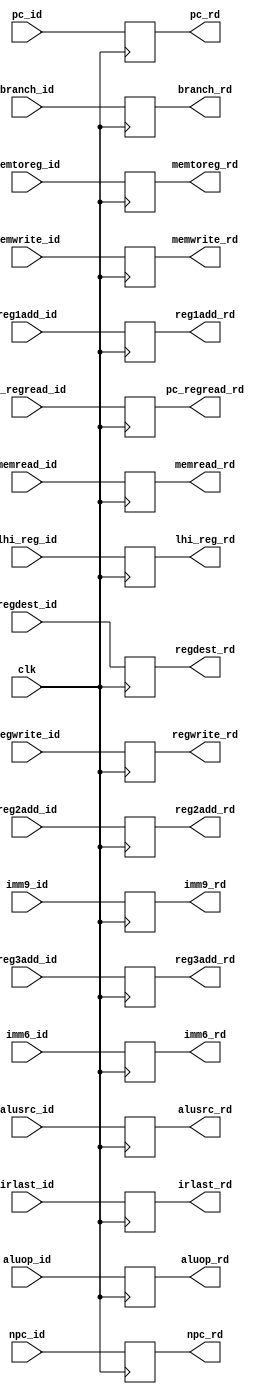
module ID_RD_reg (clk,npc_id, reg1add_id, reg2add_id, reg3add_id, imm6_id, pc_id, imm9_id,
						npc_rd, reg1add_rd, reg2add_rd, reg3add_rd, imm6_rd, pc_rd, imm9_rd,
						regwrite_id,memtoreg_id,memread_id,memwrite_id,branch_id,aluop_id,alusrc_id,regdest_id,pc_regread_id, irlast_id, lhi_reg_id,
						regwrite_rd,memtoreg_rd,memread_rd,memwrite_rd,branch_rd,aluop_rd,alusrc_rd,regdest_rd,pc_regread_rd, irlast_rd, lhi_reg_rd);
	
	input clk;
	input [15:0] npc_id, pc_id;
	input [2:0] reg1add_id, reg2add_id, reg3add_id;
	input regwrite_id,memtoreg_id,memread_id,memwrite_id,branch_id,regdest_id,pc_regread_id, lhi_reg_id;
	input [1:0] alusrc_id, irlast_id;
	input [3:0] aluop_id;
	input [5:0] imm6_id;
	input [8:0] imm9_id;
	
	output reg [3:0] aluop_rd = 4'b0000;
	output reg [15:0] npc_rd = 16'h0000, pc_rd = 16'h0000;
	output reg [2:0] reg1add_rd = 3'b000, reg2add_rd = 3'b000, reg3add_rd = 3'b000;
	output reg regwrite_rd = 1'b0,memtoreg_rd = 1'b0,memread_rd = 1'b0,memwrite_rd = 1'b0,branch_rd = 1'b0,regdest_rd = 1'b0,pc_regread_rd = 1'b0, lhi_reg_rd = 1'b0;
	output reg [1:0] alusrc_rd = 2'b00, irlast_rd = 2'b00;
	output reg [5:0] imm6_rd = 6'b000000;
	output reg [8:0] imm9_rd = 9'b000000000;
	
	always@(posedge clk)
	begin
	
		npc_rd <= npc_id;
		pc_rd <= pc_id;
		reg1add_rd <= reg1add_id;
		reg2add_rd <= reg2add_id;
		reg3add_rd <= reg3add_id;
		imm6_rd <= imm6_id;
		imm9_rd <= imm9_id;
		
		regwrite_rd <= regwrite_id;
		memtoreg_rd <= memtoreg_id;
		memread_rd <= memread_id;
		memwrite_rd <= memwrite_id;
		branch_rd <= branch_id;
		aluop_rd <= aluop_id;
		alusrc_rd <= alusrc_id;
		regdest_rd <= regdest_id;
		pc_regread_rd <= pc_regread_id;
		irlast_rd <= irlast_id;
		lhi_reg_rd <= lhi_reg_id;
		
	end 
	
endmodule